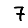
Digit: 7